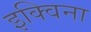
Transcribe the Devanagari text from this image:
इक्विना